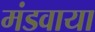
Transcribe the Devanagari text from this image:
मंडवाया